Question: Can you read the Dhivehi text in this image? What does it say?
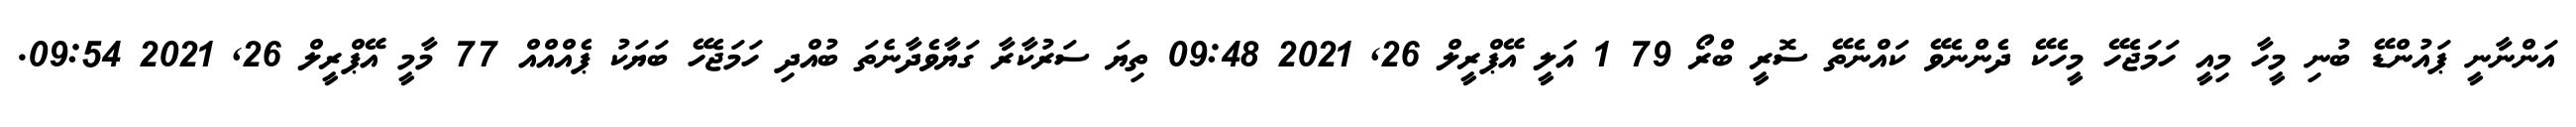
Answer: އަންނާނީ ޕައުންޑޭ ބުނި މީހާ މިއީ ހަމަޖެހޭ މީހެކޭ ދެންނެވޭ ކައްނެތޭ ސޮރީ ބްރޯ 79 1 އަލީ އޭޕްރީލް 26, 2021 09:48 ތިޔަ ސަރުކާރާ ގަޔާވެދާނެތަ ބުއްދި ހަމަޖެހޭ ބަޔަކު ޕެއްއްއް 77 މާމީ އޭޕްރީލް 26, 2021 09:54.